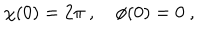
\chi ( 0 ) = 2 \pi \ , \quad \phi ( 0 ) = 0 \ ,